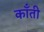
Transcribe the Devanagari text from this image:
काँती